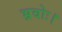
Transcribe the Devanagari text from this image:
भ्रवोः।